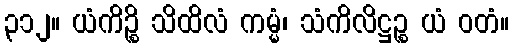
၃၁၂။ ယံကိဉ္စိ သိထိလံ ကမ္မံ၊ သံကိလိဋ္ဌဉ္စ ယံ ဝတံ။